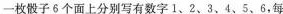
旦出现三次，整个投掷过程就结束了，小明-共投掷了12次，